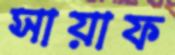
সায়াফ